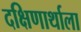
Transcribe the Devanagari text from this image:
दक्षिणार्थाला